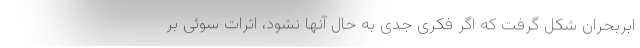
ابربحران شکل گرفت که اگر فکری جدی به حال آنها نشود، اثرات سوئی بر